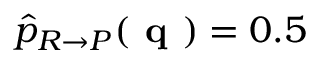
\widehat { p } _ { R \rightarrow P } ( \textbf { q } ) = 0 . 5